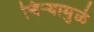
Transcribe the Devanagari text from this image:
चिऱ्यामुळे